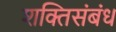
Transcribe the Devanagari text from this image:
शक्तिसंबंध